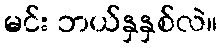
မင်း ဘယ်နှနှစ်လဲ။